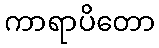
ကာရာပိတော